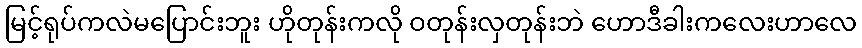
မြင့်ရုပ်ကလဲမပြောင်းဘူး ဟိုတုန်းကလို ဝတုန်းလှတုန်းဘဲ ဟောဒီခါးကလေးဟာလေ